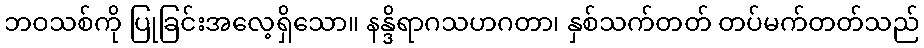
ဘဝသစ်ကို ပြုခြင်းအလေ့ရှိသော။ နန္ဒိရာဂသဟဂတာ၊ နှစ်သက်တတ် တပ်မက်တတ်သည်